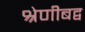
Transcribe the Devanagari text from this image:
श्रेणीबद्व